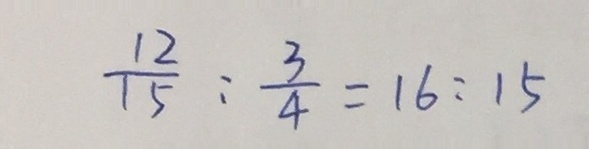
\frac { 1 2 } { 1 5 } : \frac { 3 } { 4 } = 1 6 : 1 5